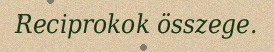
Reciprokok összege.